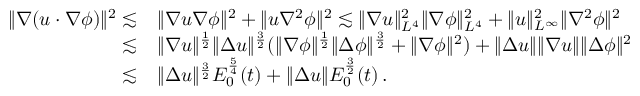
\begin{array} { r l } { \| \nabla ( u \cdot \nabla \phi ) \| ^ { 2 } \lesssim } & { \| \nabla u \nabla \phi \| ^ { 2 } + \| u \nabla ^ { 2 } \phi \| ^ { 2 } \lesssim \| \nabla u \| _ { L ^ { 4 } } ^ { 2 } \| \nabla \phi \| _ { L ^ { 4 } } ^ { 2 } + \| u \| _ { L ^ { \infty } } ^ { 2 } \| \nabla ^ { 2 } \phi \| ^ { 2 } } \\ { \lesssim } & { \| \nabla u \| ^ { \frac { 1 } { 2 } } \| \Delta u \| ^ { \frac { 3 } { 2 } } ( \| \nabla \phi \| ^ { \frac { 1 } { 2 } } \| \Delta \phi \| ^ { \frac { 3 } { 2 } } + \| \nabla \phi \| ^ { 2 } ) + \| \Delta u \| \| \nabla u \| \| \Delta \phi \| ^ { 2 } } \\ { \lesssim } & { \| \Delta u \| ^ { \frac { 3 } { 2 } } E _ { 0 } ^ { \frac { 5 } { 4 } } ( t ) + \| \Delta u \| E _ { 0 } ^ { \frac { 3 } { 2 } } ( t ) \, . } \end{array}